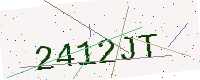
Text: 2412JT